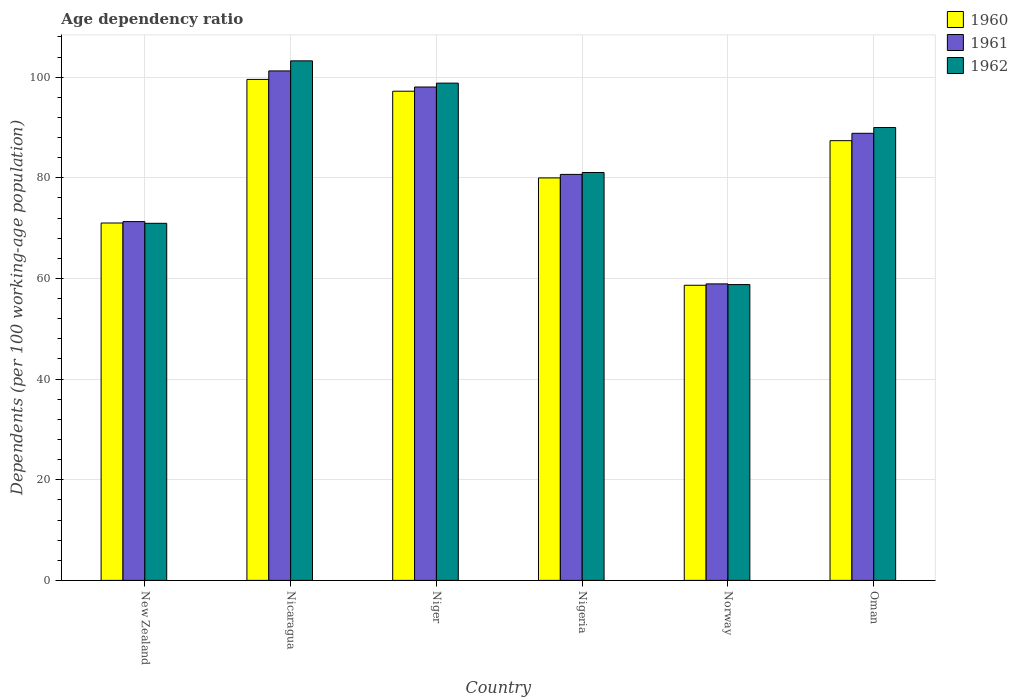
| Country | 1960 | 1961 | 1962 |
 | --- | --- | --- | --- |
 | New Zealand | 71 | 71.3 | 71 |
 | Nicaragua | 99.6 | 101 | 103 |
 | Niger | 97.2 | 98 | 98.8 |
 | Nigeria | 80 | 80.7 | 81.1 |
 | Norway | 58.6 | 58.9 | 58.8 |
 | Oman | 87.4 | 88.8 | 90 |